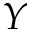
Y